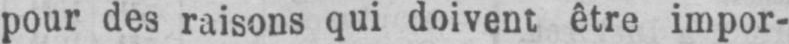
pour des raisons qui doivent être impor-